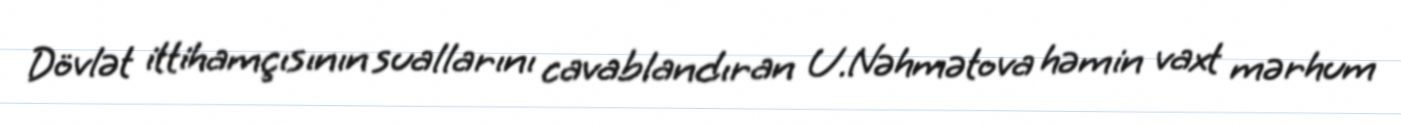
Dövlət ittihamçısının suallarını cavablandıran U.Nəhmətova həmin vaxt mərhum